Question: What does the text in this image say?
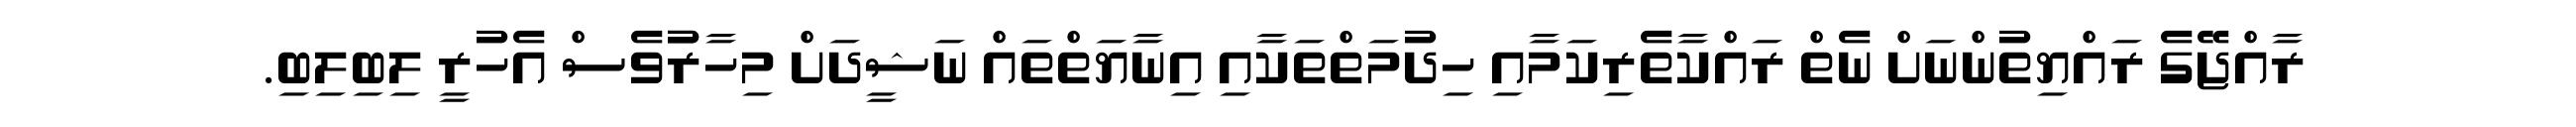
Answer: ރާއްޖޭގެ ރައްޔިތުންނަށް ނެތް ރައްކާތެރިކަމާއި ހިދުމަތްތަކާއި އިނާޔަތްތައް ނަޝީދަށް މިހާރުުވެސް އެހުރީ ލިބިލިބި.